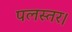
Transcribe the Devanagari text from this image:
पलस्तर।